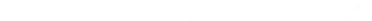
A.动物在维持生态平衡中起重要作用